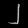
Digit: ၂